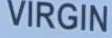
VIRGIN